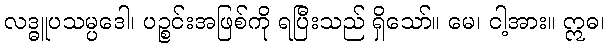
လဒ္ဓူပသမ္ပဒေါ၊ ပဉ္စင်းအဖြစ်ကို ရပြီးသည် ရှိသော်။ မေ၊ ငါ့အား။ ဣဓ၊